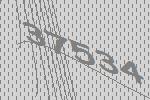
37534